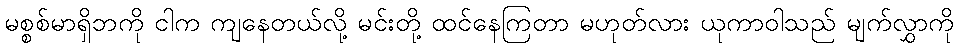
မစ္စစ်မာရှိဘကို ငါက ကျနေတယ်လို့ မင်းတို့ ထင်နေကြတာ မဟုတ်လား ယုကာဝါသည် မျက်လွှာကို